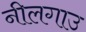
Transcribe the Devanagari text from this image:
नीलगाउ